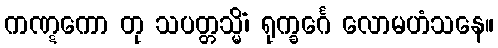
ကဏ္ဋကော တု သပတ္တသ္မိံ၊ ရုက္ခင်္ဂေ လောမဟံသနေ။